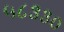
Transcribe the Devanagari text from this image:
५८३३०